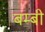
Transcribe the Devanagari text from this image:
बम्बी